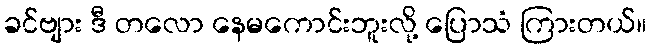
ခင်ဗျား ဒီ တလော နေမကောင်းဘူးလို့ ပြောသံ ကြားတယ်။